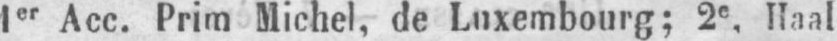
1er Acc. Prim Michel, de Luxembourg; 2e. Haal